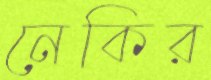
নেকির